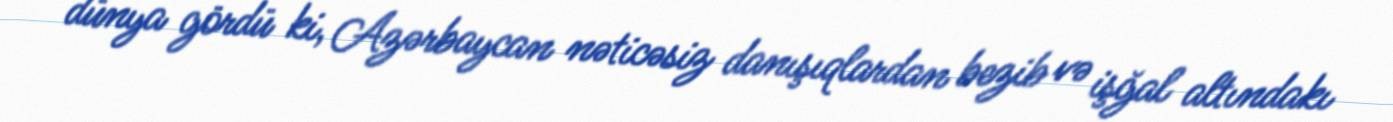
dünya gördü ki, Azərbaycan nəticəsiz danışıqlardan bezib və işğal altındakı